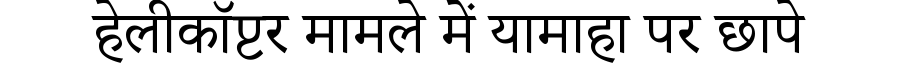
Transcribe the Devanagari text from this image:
हेलीकॉप्टर मामले में यामाहा पर छापे